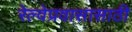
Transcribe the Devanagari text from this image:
रेल्वेप्रवासासाठी